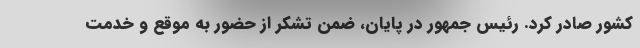
کشور صادر کرد. رئیس جمهور در پایان، ضمن تشکر از حضور به موقع و خدمت